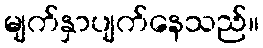
မျက်နှာပျက်နေသည်။